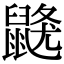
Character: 𪕦